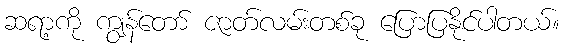
ဆရာ့ကို ကျွန်တော် ဇာတ်လမ်းတစ်ခု ပြောပြနိုင်ပါတယ်။